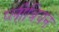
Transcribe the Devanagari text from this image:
प्लीबियन